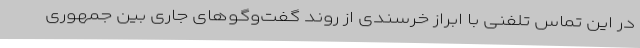
در این تماس تلفنی با ابراز خرسندی از روند گفت‌وگوهای جاری بین جمهوری